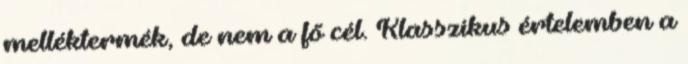
melléktermék, de nem a fő cél. Klasszikus értelemben a